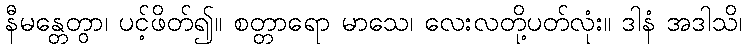
နီမန္တေတွာ၊ ပင့်ဖိတ်၍။ စတ္တာရော မာသေ၊ လေးလတို့ပတ်လုံး။ ဒါနံ အဒါသိ၊